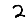
Digit: 2